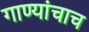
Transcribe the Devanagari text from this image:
गाण्यांचाच